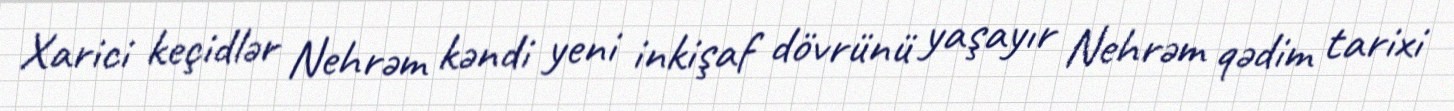
Xarici keçidlər Nehrəm kəndi yeni inkişaf dövrünü yaşayır Nehrəm qədim tarixi